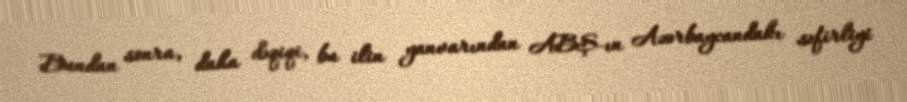
Bundan sonra, daha dəqiqi, bu ilin yanvarından ABŞ-ın Azərbaycandakı səfirliyi